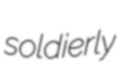
soldierly